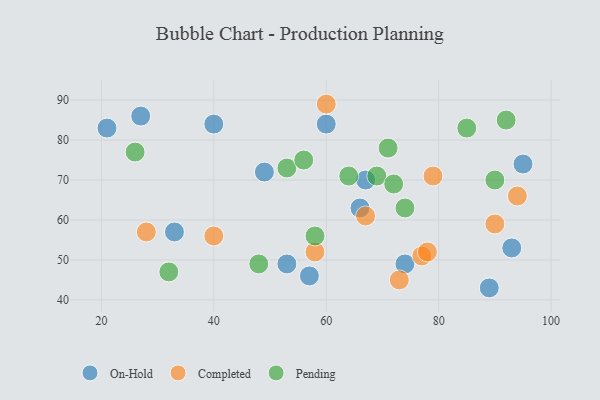
{"axis": {"x": "GDP", "y": "Life Expectancy"}, "legend": ["Completed", "On-Hold", "Pending"], "data": [{"x": "93", "y": 53, "type": "On-Hold"}, {"x": "40", "y": 84, "type": "On-Hold"}, {"x": "66", "y": 63, "type": "On-Hold"}, {"x": "53", "y": 49, "type": "On-Hold"}, {"x": "67", "y": 70, "type": "On-Hold"}, {"x": "95", "y": 74, "type": "On-Hold"}, {"x": "74", "y": 49, "type": "On-Hold"}, {"x": "21", "y": 83, "type": "On-Hold"}, {"x": "33", "y": 57, "type": "On-Hold"}, {"x": "60", "y": 84, "type": "On-Hold"}, {"x": "57", "y": 46, "type": "On-Hold"}, {"x": "49", "y": 72, "type": "On-Hold"}, {"x": "89", "y": 43, "type": "On-Hold"}, {"x": "27", "y": 86, "type": "On-Hold"}, {"x": "73", "y": 45, "type": "Completed"}, {"x": "94", "y": 66, "type": "Completed"}, {"x": "58", "y": 52, "type": "Completed"}, {"x": "90", "y": 59, "type": "Completed"}, {"x": "67", "y": 61, "type": "Completed"}, {"x": "60", "y": 89, "type": "Completed"}, {"x": "77", "y": 51, "type": "Completed"}, {"x": "79", "y": 71, "type": "Completed"}, {"x": "78", "y": 52, "type": "Completed"}, {"x": "40", "y": 56, "type": "Completed"}, {"x": "28", "y": 57, "type": "Completed"}, {"x": "85", "y": 83, "type": "Pending"}, {"x": "69", "y": 71, "type": "Pending"}, {"x": "71", "y": 78, "type": "Pending"}, {"x": "53", "y": 73, "type": "Pending"}, {"x": "48", "y": 49, "type": "Pending"}, {"x": "64", "y": 71, "type": "Pending"}, {"x": "90", "y": 70, "type": "Pending"}, {"x": "92", "y": 85, "type": "Pending"}, {"x": "26", "y": 77, "type": "Pending"}, {"x": "72", "y": 69, "type": "Pending"}, {"x": "32", "y": 47, "type": "Pending"}, {"x": "56", "y": 75, "type": "Pending"}, {"x": "58", "y": 56, "type": "Pending"}, {"x": "74", "y": 63, "type": "Pending"}]}